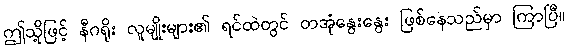
ဤသို့ဖြင့် နီဂရိုး လူမျိုးများ၏ ရင်ထဲတွင် တအုံနွေးနွေး ဖြစ်နေသည်မှာ ကြာပြီ။